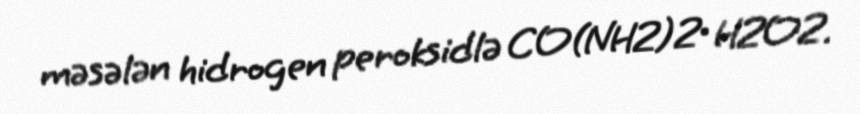
məsələn hidrogen peroksidlə CO(NH2)2∙ H2O2.